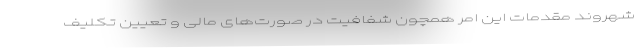
شهروند مقدمات این امر همچون شفافیت در صورت‌های مالی و تعیین تکلیف